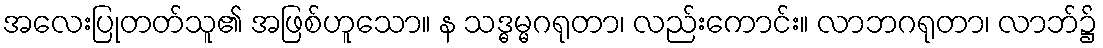
အလေးပြုတတ်သူ၏ အဖြစ်ဟူသော။ န သဒ္ဓမ္မဂရုတာ၊ လည်းကောင်း။ လာဘဂရုတာ၊ လာဘ်၌